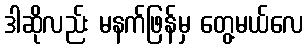
ဒါဆိုလည်း မနက်ဖြန်မှ တွေ့မယ်လေ